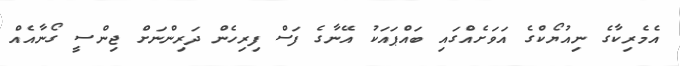
އެމެރިކާގެ ނިއުޔޯކްގެ އަވަށެއްގައި ބައްޕައަކު އޭނާގެ ފަސް ފިރިހެން ދަރިންނަށް ޖިންސީ ގޯނާއެއް